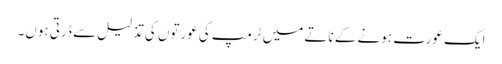
ایک عورت ہونے کے ناتے میں ٹرمپ کی عورتوں کی تذلیل سے ڈرتی ہوں۔